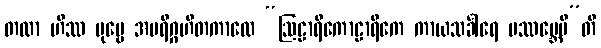
တထာ ဟိဿ ပုဗ္ဗေ အပရိဂ္ဂဟိတကာလေ “ဩဠာရိကောဠာရိကေ ကာယသင်္ခါရေ ပဿမ္ဘေမီ”တိ